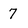
Character: 7